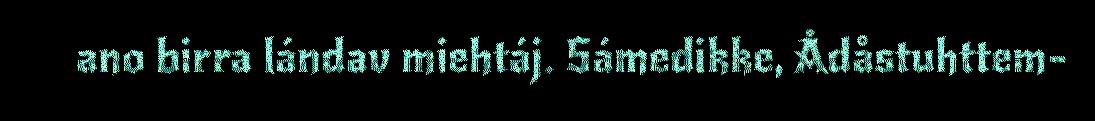
ano birra lándav miehtáj. Sámedikke, Ådåstuhttem-